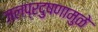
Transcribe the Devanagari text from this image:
जलप्रदुषणामुळे